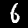
Label: 6